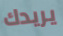
يريدك